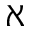
\aleph